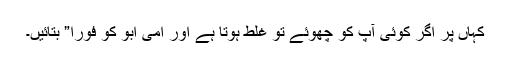
کہاں‌ پر اگر کوئی آپ کو چھوئے تو غلط ہوتا ہے اور امی ابو کو فورا” بتائیں۔